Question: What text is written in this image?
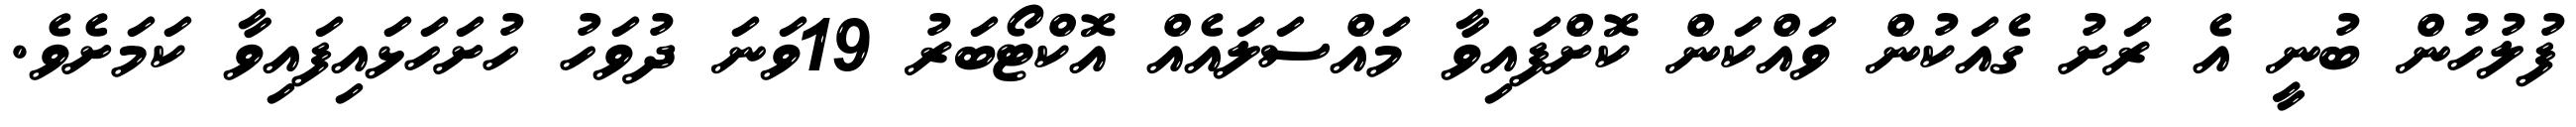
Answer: ފުލުހުން ބުނީ އެ ރަށު ގެއަކުން ވައްކަން ކޮށްފައިވާ މައްސަލައެއް އޮކްޓޯބަރު 19ވަނަ ދުވަހު ހުށަހަޅައިފައިވާ ކަމަށެވެ.